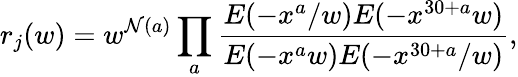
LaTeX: r_{j}(w)=w^{\mathcal{N}(a)}\prod_{a}\frac{{E(-x^{a}/w)E(-x^{30+a}w)}}{{E(-x^{a}w)E(-x^{30+a}/w)}},